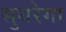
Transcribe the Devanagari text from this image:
सुधरेगा